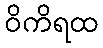
ဝိကိရထ